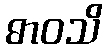
ဓာဝသိ